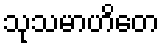
သုသမာဟိတေ